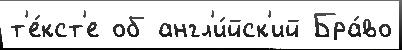
т'е́кст'е об англ'и́йск'ий Бра́во